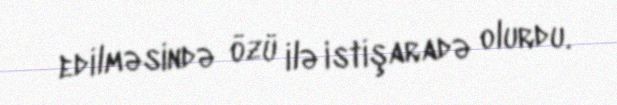
edilməsində özü ilə istişaradə olurdu.